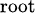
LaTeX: \scriptstyle{\mathrm{root}}